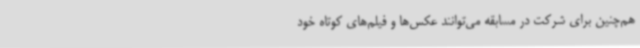
هم‌چنین برای شرکت در مسابقه می‌توانند عکس‌ها و فیلم‌های کوتاه خود